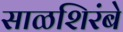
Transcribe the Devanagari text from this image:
साळशिरंबे